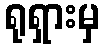
ရုရှားမှ